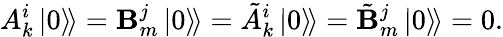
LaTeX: A_{k}^{i}\left.\left|0\right\rangle\! \right\rangle=\mathbf{B}_{m}^{j}\left.\left|0\right\rangle\! \right\rangle=\tilde{{A}}_{k}^{i}\left.\left|0\right\rangle\! \right\rangle=\tilde{{\mathbf{B}}}_{m}^{j}\left.\left|0\right\rangle\! \right\rangle=0.